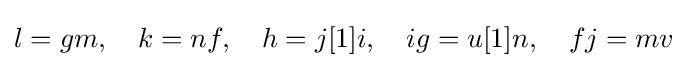
l=gm,\quad k=nf,\quad h=j[1]i,\quad ig=u[1]n,\quad fj=mv